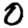
Digit: 0